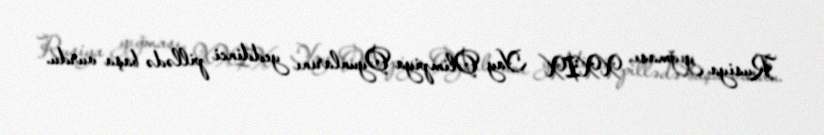
Rusiya yığması, XXIX Yay Olimpiya Oyunlarını yeddinci pillədə başa vurdu.